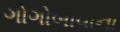
ગોગોબાવાના